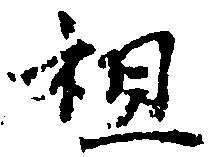
祖